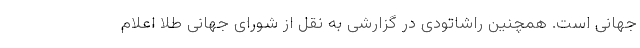
جهانی است. همچنین راشاتودی در گزارشی به نقل از شورای جهانی طلا اعلام